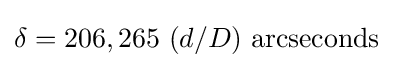
\delta =206,265~(d/D)~\mathrm {arcseconds}